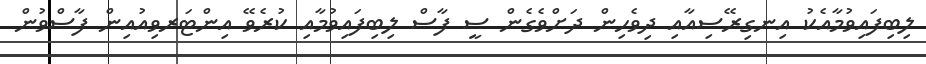
ލިބިފައިވުމާއެކު އިނގިރޭސިއާއި ދިވެހިން ދަށްވެގެން ސީ ފާސް ލިބިފައިވުމާއި ކުރެވޭ އިންޓަރވިއުއިން ފާސްވުން